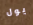
يول